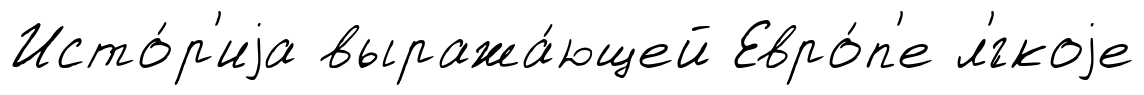
Исто́р'иjа выража́ющей Евро́п'е л'́гкоjе